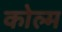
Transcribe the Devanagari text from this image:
कोल्म